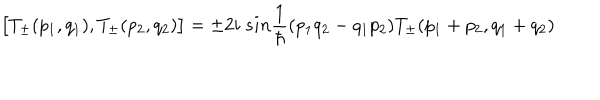
\bigl [ T _ { \pm } ( p _ { 1 } , q _ { 1 } ) , T _ { \pm } ( p _ { 2 } , q _ { 2 } ) \bigr ] = \pm 2 i \ s i n \frac { 1 } { \hbar } ( p _ { 1 } q _ { 2 } - q _ { 1 } p _ { 2 } ) T _ { \pm } ( p _ { 1 } + p _ { 2 } , q _ { 1 } + q _ { 2 } )